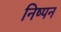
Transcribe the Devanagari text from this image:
निष्पन